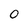
Character: 0